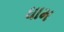
ધામ